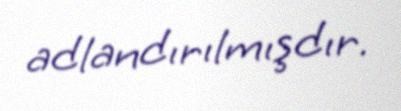
adlandırılmışdır.